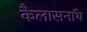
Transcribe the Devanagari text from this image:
कैलासनाथ